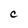
Character: C